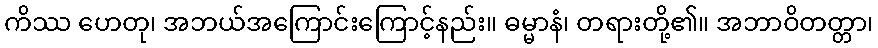
ကိဿ ဟေတု၊ အဘယ်အကြောင်းကြောင့်နည်း။ ဓမ္မာနံ၊ တရားတို့၏။ အဘာဝိတတ္တာ၊